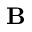
{ \bf B }